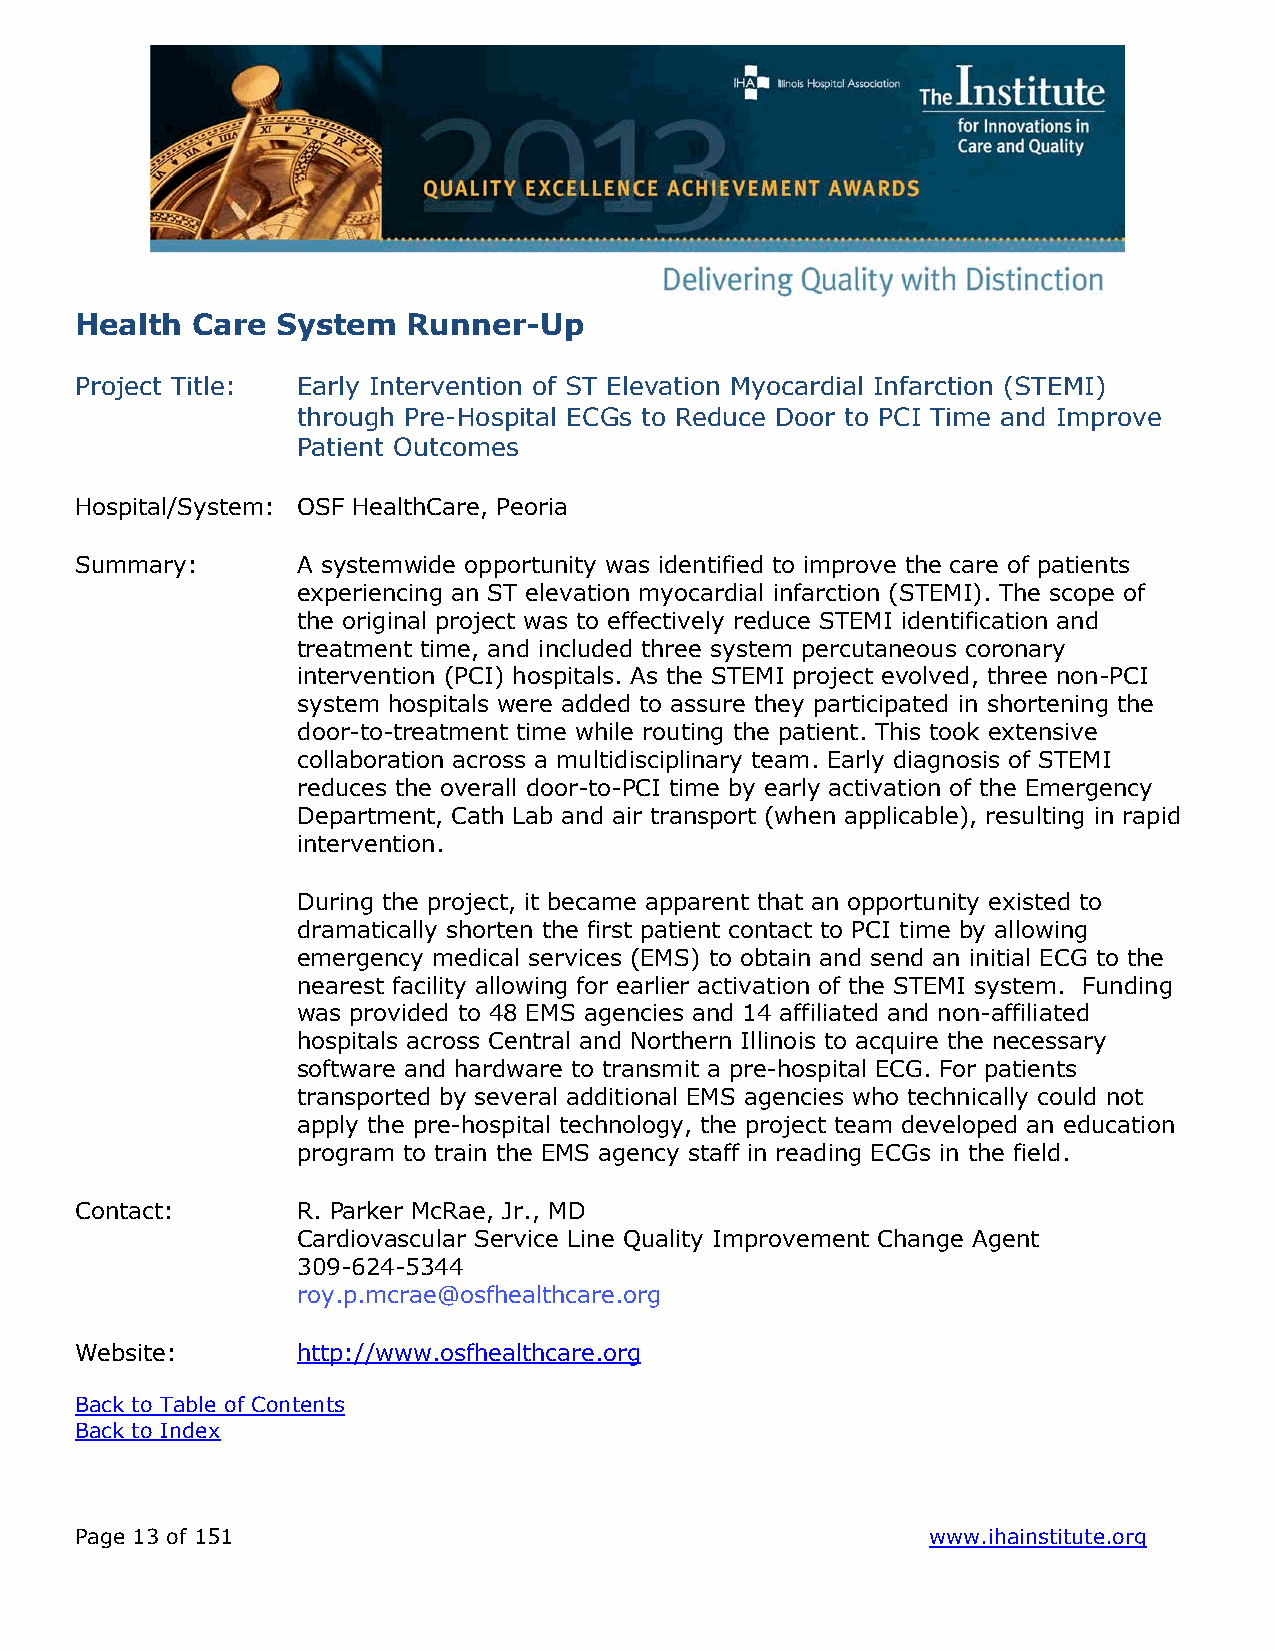
Health  Care System   Runner-Up
 Project Title: Early Intervention of ST Elevation Myocardial Infarction (STEMI)
 through Pre-Hospital ECGs to Reduce Door to PCI Time and Improve
 Patient Outcomes
 Hospital/System: OSF HealthCare, Peoria
 Summary:       A systemwide opportunity was identified to improve the care of patients
 experiencing an ST elevation myocardial infarction (STEMI). The scope of
 the original project was to effectively reduce STEMI identification and
 treatment time, and included three system percutaneous coronary
 intervention (PCI) hospitals. As the STEMI project evolved, three non-PCI
 system hospitals were added to assure they participated in shortening the
 door-to-treatment time while routing the patient. This took extensive
 collaboration across a multidisciplinary team. Early diagnosis of STEMI
 reduces the overall door-to-PCI time by early activation of the Emergency
 Department, Cath Lab and air transport (when applicable), resulting in rapid
 intervention.
 During the project, it became apparent that an opportunity existed to
 dramatically shorten the first patient contact to PCI time by allowing
 emergency medical services (EMS) to obtain and send an initial ECG to the
 nearest facility allowing for earlier activation of the STEMI system. Funding
 was provided to 48 EMS agencies and 14 affiliated and non-affiliated
 hospitals across Central and Northern Illinois to acquire the necessary
 software and hardware to transmit a pre-hospital ECG. For patients
 transported by several additional EMS agencies who technically could not
 apply the pre-hospital technology, the project team developed an education
 program to train the EMS agency staff in reading ECGs in the field.
 Contact:       R. Parker McRae, Jr., MD
 Cardiovascular Service Line Quality Improvement Change Agent
 309-624-5344
 roy.p.mcrae@osfhealthcare.org
 Website:       http://www.osfhealthcare.org
 Back to Table of Contents
 Back to Index
 Page 13 of 151                                           www.ihainstitute.org